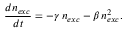
\frac { d n _ { e x c } } { d t } = - \gamma \, n _ { e x c } - \beta \, n _ { e x c } ^ { 2 } .